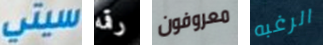
سيتي رقمه معروفون الرغبه